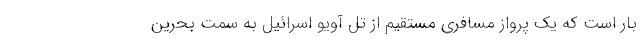
بار است که یک پرواز مسافری مستقیم از تل آویو اسرائیل به سمت بحرین